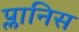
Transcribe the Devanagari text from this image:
प्लानिस